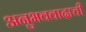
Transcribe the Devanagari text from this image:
अनुभववादाची